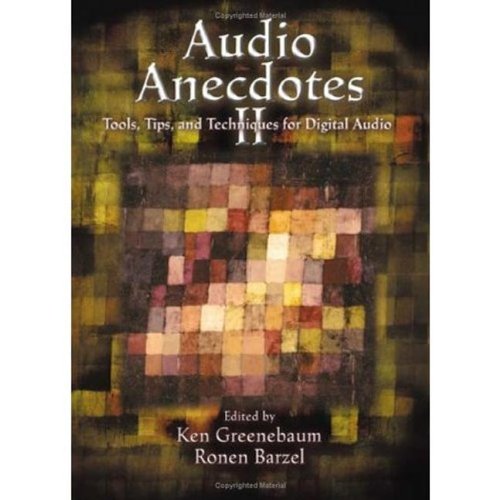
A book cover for Audio Anecdotes II: Tools, Tips, and Techniques for Digital Audio (v. 2); Computers & Technology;